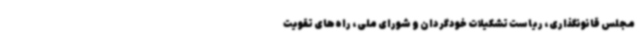
مجلس قانونگذاری، ریاست تشکیلات خودگردان و شورای ملی، راه‌های تقویت